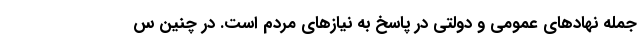
جمله نهادهای عمومی و دولتی در پاسخ به نیازهای مردم است. در چنین س